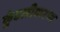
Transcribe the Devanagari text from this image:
कुंडलीकरण